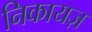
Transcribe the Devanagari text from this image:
निकायज़